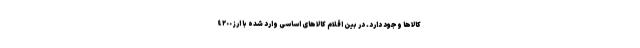
کالاها وجود دارد. در بین اقلام کالاهای اساسی وارد شده با ارز ٤٢٠٠